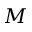
M